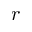
r